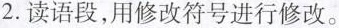
2.读语段，用修改符号进行修改。